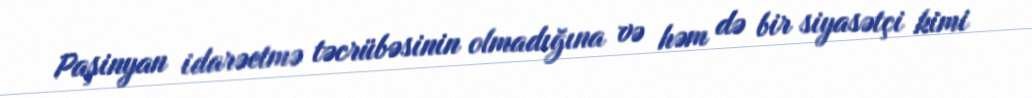
Paşinyan idarəetmə təcrübəsinin olmadığına və həm də bir siyasətçi kimi